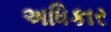
અધિકાર